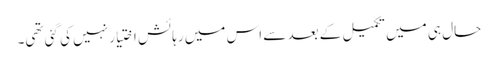
حال ہی میں تکمیل کے بعد سے اس میں رہائش اختیار نہیں کی گئی تھی۔